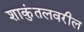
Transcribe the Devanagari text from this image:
शाकुंतलवरील